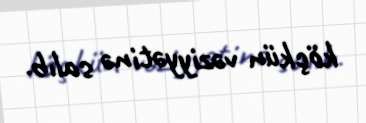
köçkün vəziyyətinə salıb.